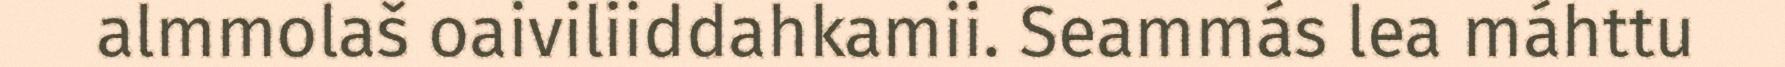
almmolaš oaiviliiddahkamii. Seammás lea máhttu